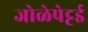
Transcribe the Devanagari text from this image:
जोळेपेट्टई